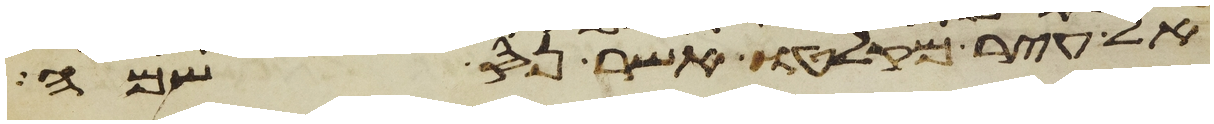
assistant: אל עיר מקלטו אשר נס שמה